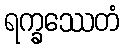
ရက္ခဿေတံ